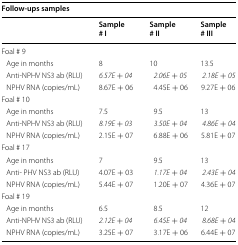
| <COLSPAN=4> Follow-ups samples |
 |  | Sample# I | Sample# II | Sample# III |
 | --- | --- | --- | --- |
 | <COLSPAN=4> Foal # 9 |
 | Age in months | 8 | 10 | 13.5 |
 | Anti-NPHV NS3 ab (RLU) | 6.57E + 04 | 2.06E + 05 | 2.18E + 05 |
 | NPHV RNA (copies/mL) | 8.67E + 06 | 4.45E + 06 | 9.27E + 06 |
 | <COLSPAN=4> Foal # 10 |
 | Age in months | 7.5 | 9.5 | 13 |
 | Anti-NPHV NS3 ab (RLU) | 8.19E + 03 | 3.50E + 04 | 4.86E + 04 |
 | NPHV RNA (copies/mL) | 2.15E + 07 | 6.88E + 06 | 5.81E + 07 |
 | <COLSPAN=4> Foal # 17 |
 | Age in months | 7 | 9.5 | 13 |
 | Anti- PHV NS3 ab (RLU) | 4.07E + 03 | 1.17E + 04 | 2.43E + 04 |
 | NPHV RNA (copies/mL) | 5.44E + 07 | 1.20E + 07 | 4.36E + 07 |
 | <COLSPAN=4> Foal # 19 |
 | Age in months | 6.5 | 8.5 | 12 |
 | Anti-NPHV NS3 ab (RLU) | 2.12E + 04 | 6.45E + 04 | 8.68E + 04 |
 | NPHV RNA (copies/mL) | 3.25E + 07 | 3.17E + 06 | 6.44E + 07 |